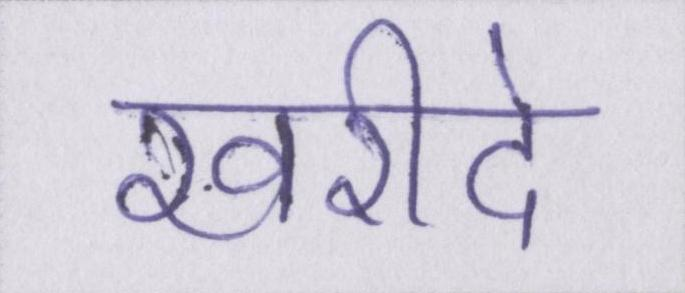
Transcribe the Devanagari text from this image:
खरीदे